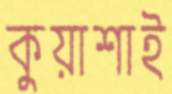
কুয়াশাই